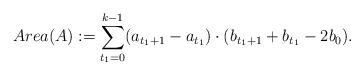
LaTeX: \begin{align*} Area(A) := \displaystyle \sum_{t_1=0}^{k-1} (a_{t_1+1} - a_{t_1} ) \cdot (b_{t_1+1} + b_{t_1} - 2 b_0).\end{align*}